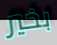
بخير